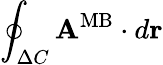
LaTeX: \oint_{\Delta C}{\mathbf A}^{\mathrm{MB}}\cdot d{\mathbf r}